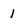
Character: 1